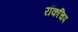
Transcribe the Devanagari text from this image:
रॉकचिप